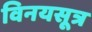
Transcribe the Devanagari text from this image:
विनयसूत्र